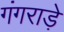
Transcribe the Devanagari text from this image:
गंगराड़े